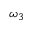
\omega _ { 3 }